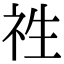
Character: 𮁢